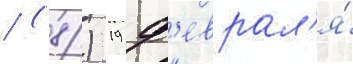
/ (8) 19 ф'еврал'я́